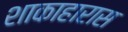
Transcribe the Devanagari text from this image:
शाकाहारास